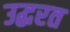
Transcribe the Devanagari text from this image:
उद्धरत